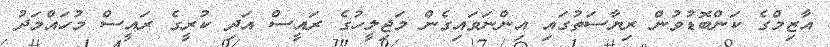
އާޒިމްގެ ކަންބޮޑުވުން ރިޔާސަތުގައި އިންނަވައިގެން މަޖިލީހުގެ ރައީސް އަދި ކުރީގެ ރައީސް މުހައްމަދު